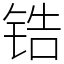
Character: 锆